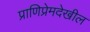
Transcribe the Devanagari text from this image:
प्राणिप्रेमदेखील